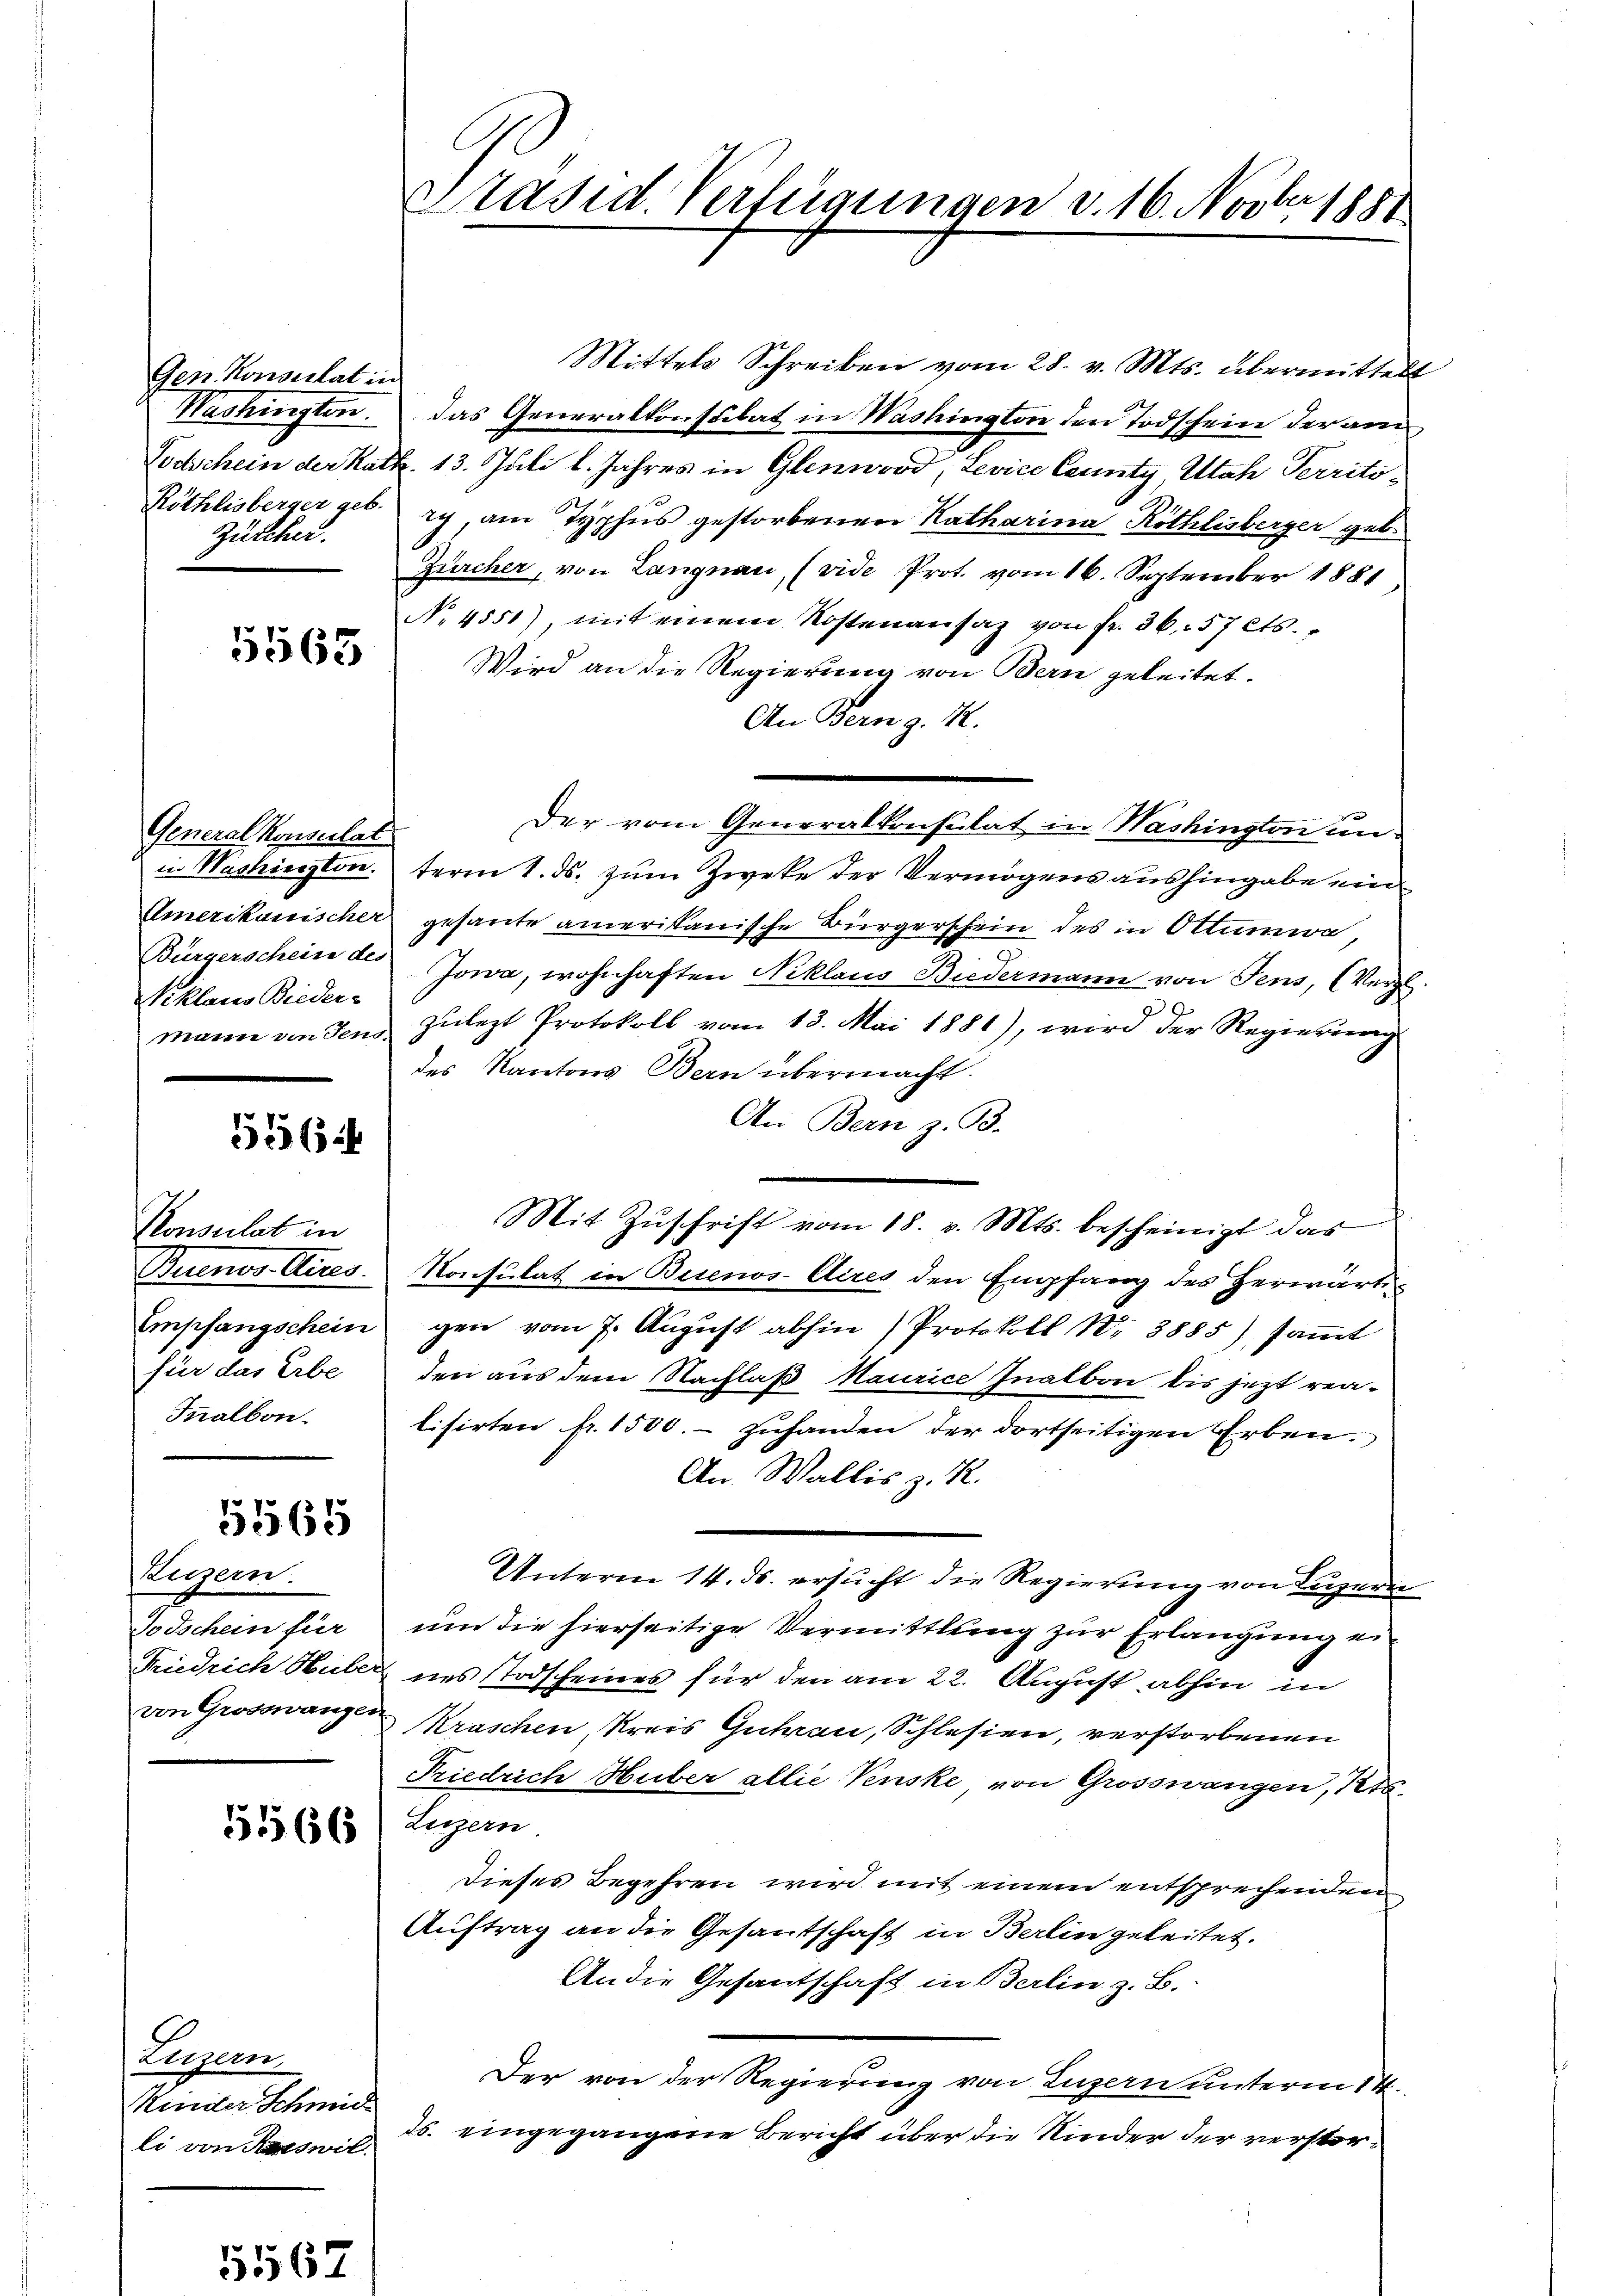
Gen. Konsulat in
Zulcher.

5563

Generalkonsulat
Wiklaus Bieder-

55644

Konsulat in

5565

Luzern.

5566

Luzern,
Kinter Schmid
li von Riswil

.
6

Mittels Schreiben vom 28. v. Mts. übermittels
Washingten. Das Generalkonsulat in Washington den Todschein der am
Todschein der Kath. 13. Juli l. Jahres in Glenwood, Levice County Utah Perrito¬
Röthlisberger geb. ry, am Typhus gestorbenen Katharina Röthlisberger geb.
Zürcher, von Langnau (vide Prot. vom 16. September 1881,
No. 4551) mit einem Kostenansaz von fr. 36. 57 Cts.
Wird an die Regierung von Bern geleitet.
An Bern d. M.
Der vom Generalkonsulat in Washington unin Washierstinterm 1. ds. zum Zweke der Vermögens aushingabe ein¬
Amerikanischer gesante amerikanische Bürgerschein des in Ottumwa,
Bürgerschein des Jowa, wohnhaften Niklaus Biedermann von Fens, (Vergl.
mann von dens zulezt Protokoll vom 13. Mai 1881), wird der Regierung
des Kantons Bern übermacht.
An Bern z. B.
Mit Zŭschrift vom 18. v. Mts. bescheinigt das
Buenos-Aires. Konsulat in Buenos-Aires den Empfang des Herwärti¬
Empfangschein gen vom 7. Aŭgŭst abhin (Protokoll Nr. 3885) saṁt
für das Erbe den aus dem Nachlaß Maurice Inalbon bis jezt rea-
Inalbon. Lisirten fr. 1500.- zŭhanden der dortseitigen Erben.
An Wallis z. R.
Unterm 14. ds. ersucht die Regierung von Luzern
Todschein für um die hierseitige Vermittlung zur Erlangung ei¬
Friedrich Huber ins Todscheines für den am 22. August abhin in
von Grossnangen Kraschen Kreis Guhrau, Schlesien, verstorbenen
Friedrich Huber allie Venske, von Grosswangen, Kts.
Luzern
Dieses Begehren wird mit einem entsprechenden
Auftrag an die Gesantschaft in Berlin geleitet.
An die Gesantschaft in Berlin z. B.
Der von der Regierung von Luzern unterm 14.
ds. eingegangene Bericht über die Kinder der verstor¬

Präsid. Verfügungen v. 16. Novber 1881